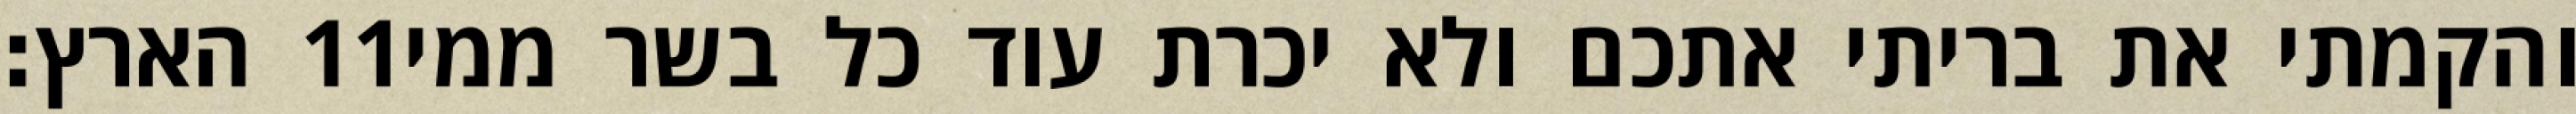
הארץ׃ ‎11‏ והקמתי את בריתי אתכם ולא יכרת עוד כל בשר ממי